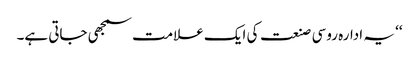
‘‘ یہ ادارہ روسی صنعت کی ایک علامت سمجھی جاتی ہے۔